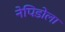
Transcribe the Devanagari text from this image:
नेपिडोला